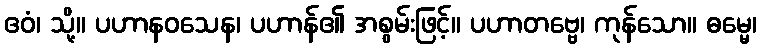
ဧဝံ၊ သို့။ ပဟာနဝသေန၊ ပဟာန်၏ အစွမ်းဖြင့်။ ပဟာတဗ္ဗေ၊ ကုန်သော။ ဓမ္မေ၊